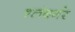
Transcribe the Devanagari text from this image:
श्लंबर्गर